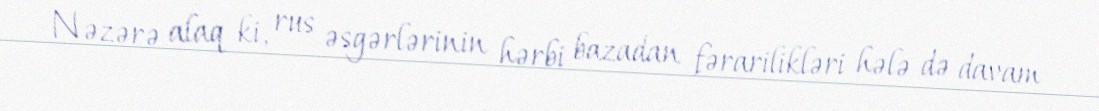
Nəzərə alaq ki, rus əsgərlərinin hərbi bazadan fərarilikləri hələ də davam